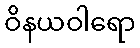
ဝိနယဝါရော